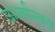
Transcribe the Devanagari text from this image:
ऊर्ध्वान्वय